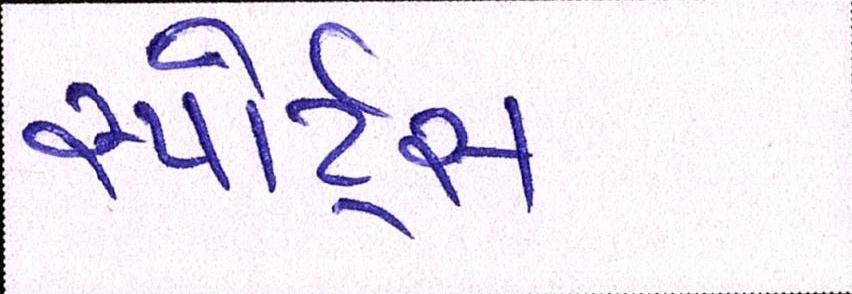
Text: સ્પોર્ટ્સ